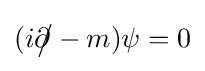
(i{\partial \!\!\!{\big /}}-m)\psi =0